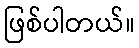
ဖြစ်ပါတယ်။